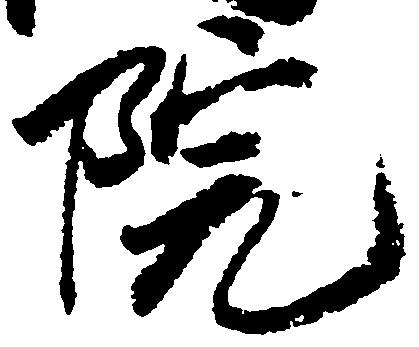
院